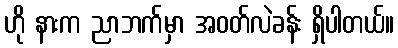
ဟို နားက ညာဘက်မှာ အဝတ်လဲခန်း ရှိပါတယ်။